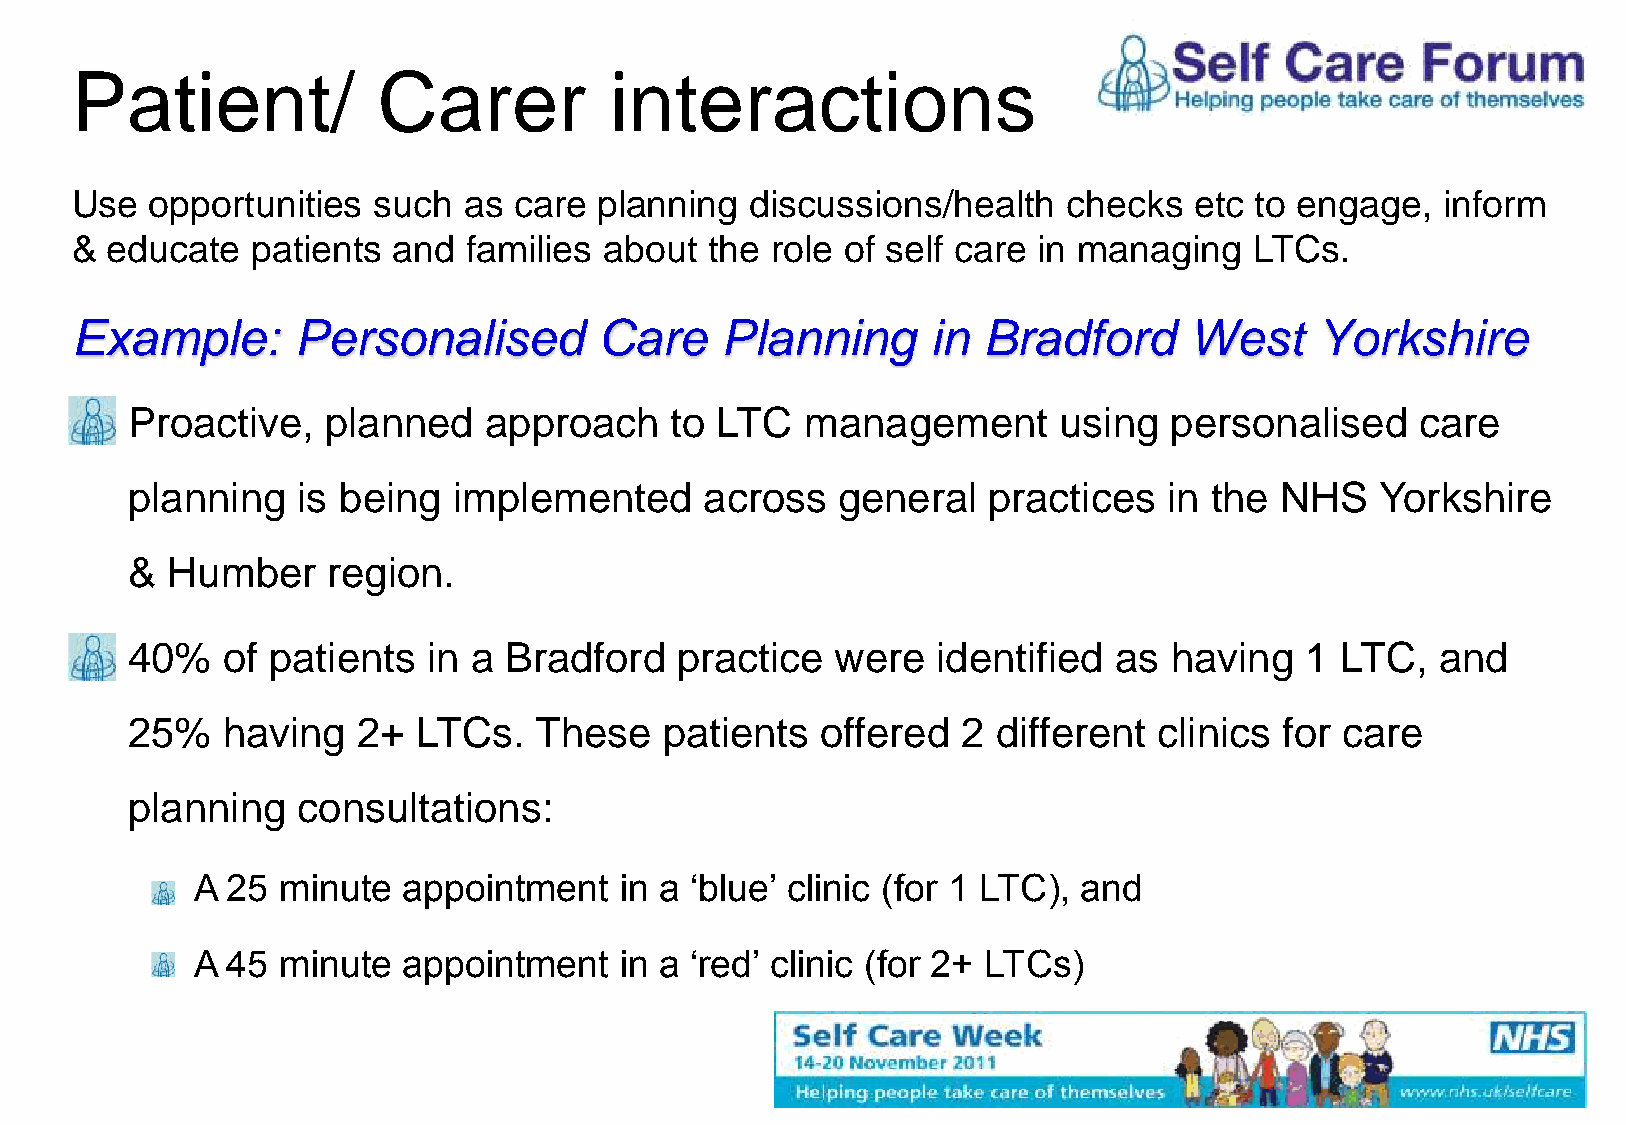
Patient/            Carer          interactions
 Use  opportunities  such  as care  planning  discussions/health   checks  etc to engage,  inform
 & educate   patients and  families about  the role of self care in managing   LTCs.
 Example:      Personalised         Care    Planning      in Bradford      West    Yorkshire
 Proactive,   planned    approach    to LTC   management       using  personalised     care
 planning    is being  implemented      across  general   practices   in the  NHS   Yorkshire
 &  Humber     region.
 40%    of patients  in a Bradford    practice  were   identified  as having   1  LTC,  and
 25%    having   2+  LTCs.  These    patients  offered   2 different  clinics for care
 planning    consultations:
 A 25 minute   appointment   in a ‘blue’ clinic (for 1 LTC), and
 A 45 minute   appointment   in a ‘red’ clinic (for 2+ LTCs)